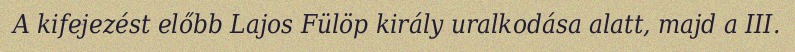
A kifejezést előbb Lajos Fülöp király uralkodása alatt, majd a III.